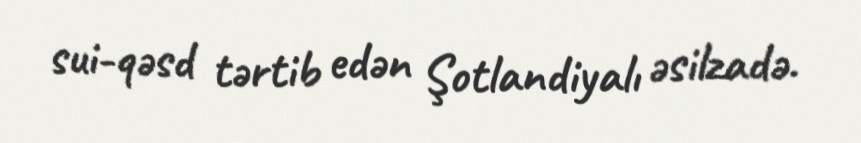
sui-qəsd tərtib edən Şotlandiyalı əsilzadə.